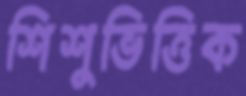
শিশুভিত্তিক